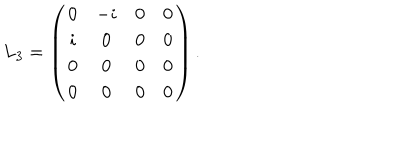
LaTeX: L _ { 3 } = \left( \begin{matrix} { { 0 } } & { { - i } } & { { 0 } } & { { 0 } } \\ { { i } } & { { 0 } } & { { 0 } } & { { 0 } } \\ { { 0 } } & { { 0 } } & { { 0 } } & { { 0 } } \\ { { 0 } } & { { 0 } } & { { 0 } } & { { 0 } } \\ \end{matrix} \right) .